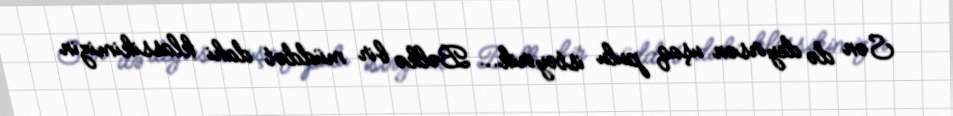
Sən də deyirsən uşaq pulu istəyirik... Bəlkə bir müddət dahi klassikimizin